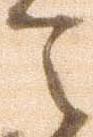
令